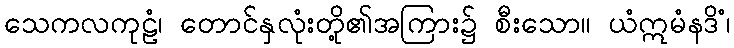
သေကလကုဠံ၊ တောင်နှလုံးတို့၏အကြား၌ စီးသော။ ယံဣမံနဒိံ၊